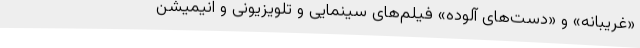
«غریبانه» و «دست‌های آلوده» فیلم‌های سینمایی و تلویزیونی و انیمیشن